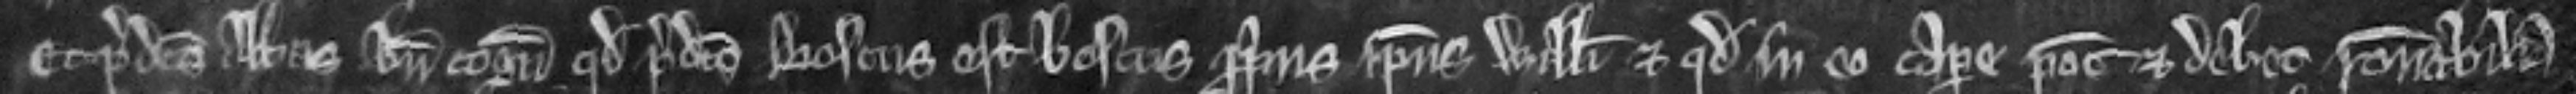
Et predictus Abbas bene cognoscit quod predictus boscus est boscus proprius ipsius Willelmi et quod in eo capere potest et debet racionabilia